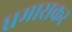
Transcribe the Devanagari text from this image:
धमासकर